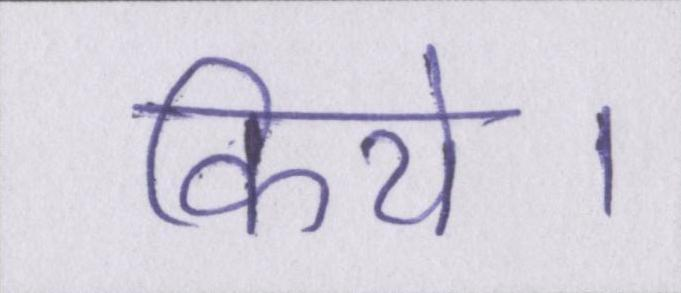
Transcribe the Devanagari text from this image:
किये।